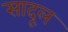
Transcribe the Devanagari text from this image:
सादूल